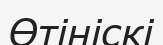
Өтініскі